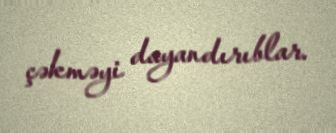
çəkməyi dayandırıblar.